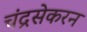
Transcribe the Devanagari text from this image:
चंद्रसेकरन